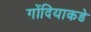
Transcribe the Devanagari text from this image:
गोंदियाकडे